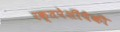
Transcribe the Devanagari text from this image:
रक्तपेशींपैकी